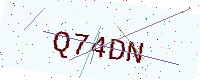
Text: Q74DN